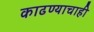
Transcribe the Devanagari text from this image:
काढण्याचाही